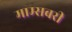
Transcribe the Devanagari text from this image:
माम्सबरी